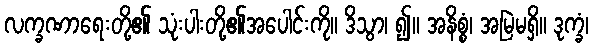
လက္ခဏာရေးတို့၏ သုံးပါးတို့၏အပေါင်းကို။ ဒိသွာ၊ ၍။ အနိစ္စံ၊ အမြဲမရှိ။ ဒုက္ခံ၊